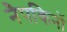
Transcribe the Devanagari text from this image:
नैपकिनों